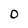
Character: O